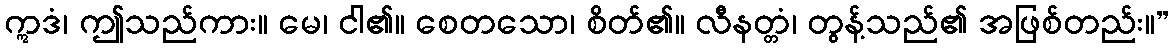
ဣဒံ၊ ဤသည်ကား။ မေ၊ ငါ၏။ စေတသော၊ စိတ်၏။ လီနတ္တံ၊ တွန့်သည်၏ အဖြစ်တည်း။”